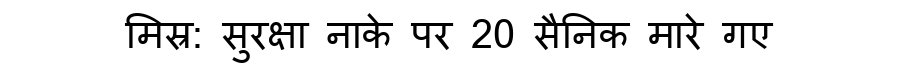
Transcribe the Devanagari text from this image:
मिस्र: सुरक्षा नाके पर 20 सैनिक मारे गए